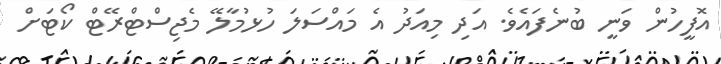
އޮފީހުން ވަނީ ބުނެފައެވެ. އަދި މިއަދު އެ މައްސަލަ ހުޅުމާލޭ މެޖިސްޓްރޭޓް ކޯޓަށް